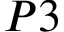
P 3